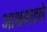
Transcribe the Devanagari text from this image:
आश्रमातले